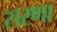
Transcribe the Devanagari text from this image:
सरणा